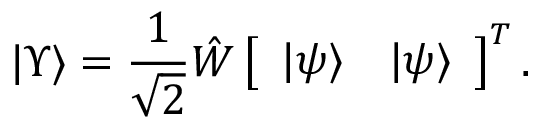
| \Upsilon \rangle = \frac { 1 } { \sqrt { 2 } } { \hat { W } } \left[ \begin{array} { l l } { | \psi \rangle } & { | \psi \rangle } \end{array} \right] ^ { T } .